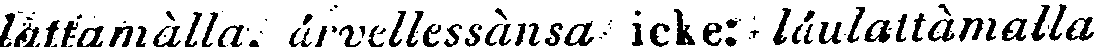
lattamàlla, àrvellessànsa icke: làulattàmalla